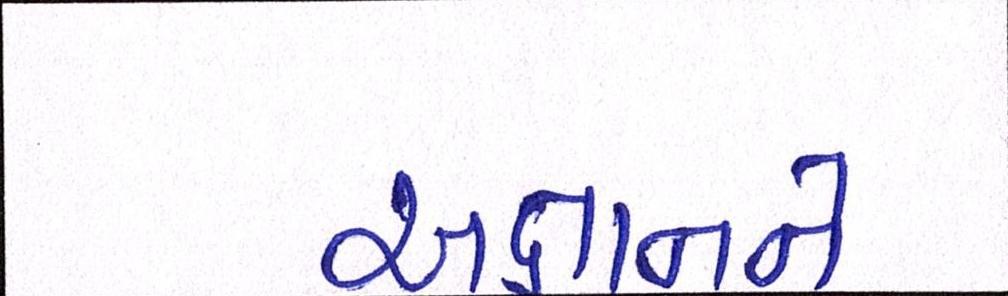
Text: અજ્ઞાનને